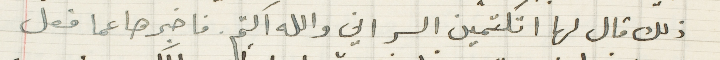
ذلك قال لها اتكتمين السر والله اكتم. فاخبرها عما فعل